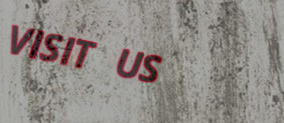
VISIT US